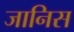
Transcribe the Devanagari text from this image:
जानिस